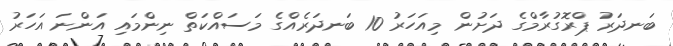
ބަނދަރު ޕްރޮގުރާމްގެ ދަށުން މިއަހަރު 10 ބަނދަރެއްގެ މަސައްކަތް ނިންމައި އަންނަ އަހަރު